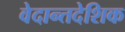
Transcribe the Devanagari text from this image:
वेदान्तदेशिक